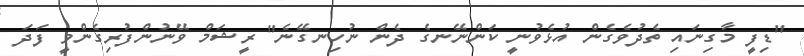
"ޑިފީ މާގިނައި ތެދުވެގެން އުޅެވުނީ ކަންނޭނގެ ދެން ނުހިނގޭނެ" ރީޝަމް ވޭނުންފުރިގެންވީ ފަދަ